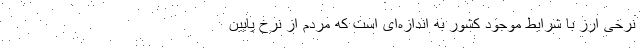
نرخی ارز با شرایط موجود کشور به اندازه‌ای است که مردم از نرخ پایین